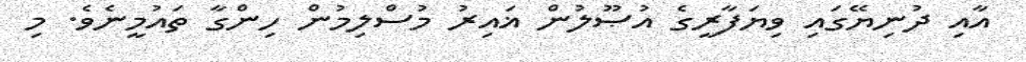
އާއި ދުނިޔޭގައި ވިޔަފާރީގެ އުޞޫލުން ޣައިރު މުސްލިމުން ހިންގާ ތައުމީނެވެ. މި